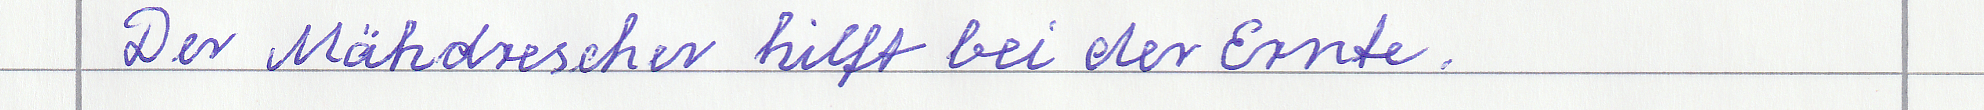
Der Mähdrescher hilft bei der Ernte.